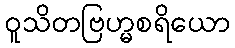
ဝူသိတဗြဟ္မစရိယော